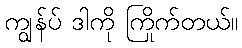
ကျွန်ပ် ဒါကို ကြိုက်တယ်။